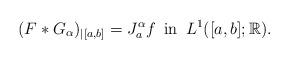
LaTeX: \begin{align*}(F*G_\alpha)_{|[a,b]}=J_a^\alpha f \,\mbox{ in }\, L^1([a,b];\mathbb{R}).\end{align*}